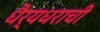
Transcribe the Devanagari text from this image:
धैर्यधराची